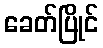
ခေတ်ပြိုင်